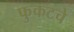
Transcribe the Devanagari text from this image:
फुकटचे